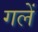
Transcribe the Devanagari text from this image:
गलें